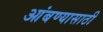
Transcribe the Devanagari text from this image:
आंबण्यासाठी